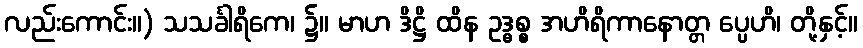
လည်းကောင်း။) သသင်္ခါရိကေ၊ ၌။ မာဟ ဒိဋ္ဌိ ထိန ဥဒ္ဓစ္စ အဟိရိကာနောတ္တ ပ္ပေဟိ၊ တို့နှင့်။